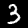
Label: 3